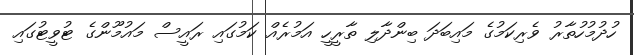
ހުދުމުހުތާރު ވެރިކަމުގެ މައިބަދަ ބިންދާލި ތާރީހީ އަމުރެއް ކަމުގައި ރައީސް މައުމޫންގެ ޓުވީޓުގައި